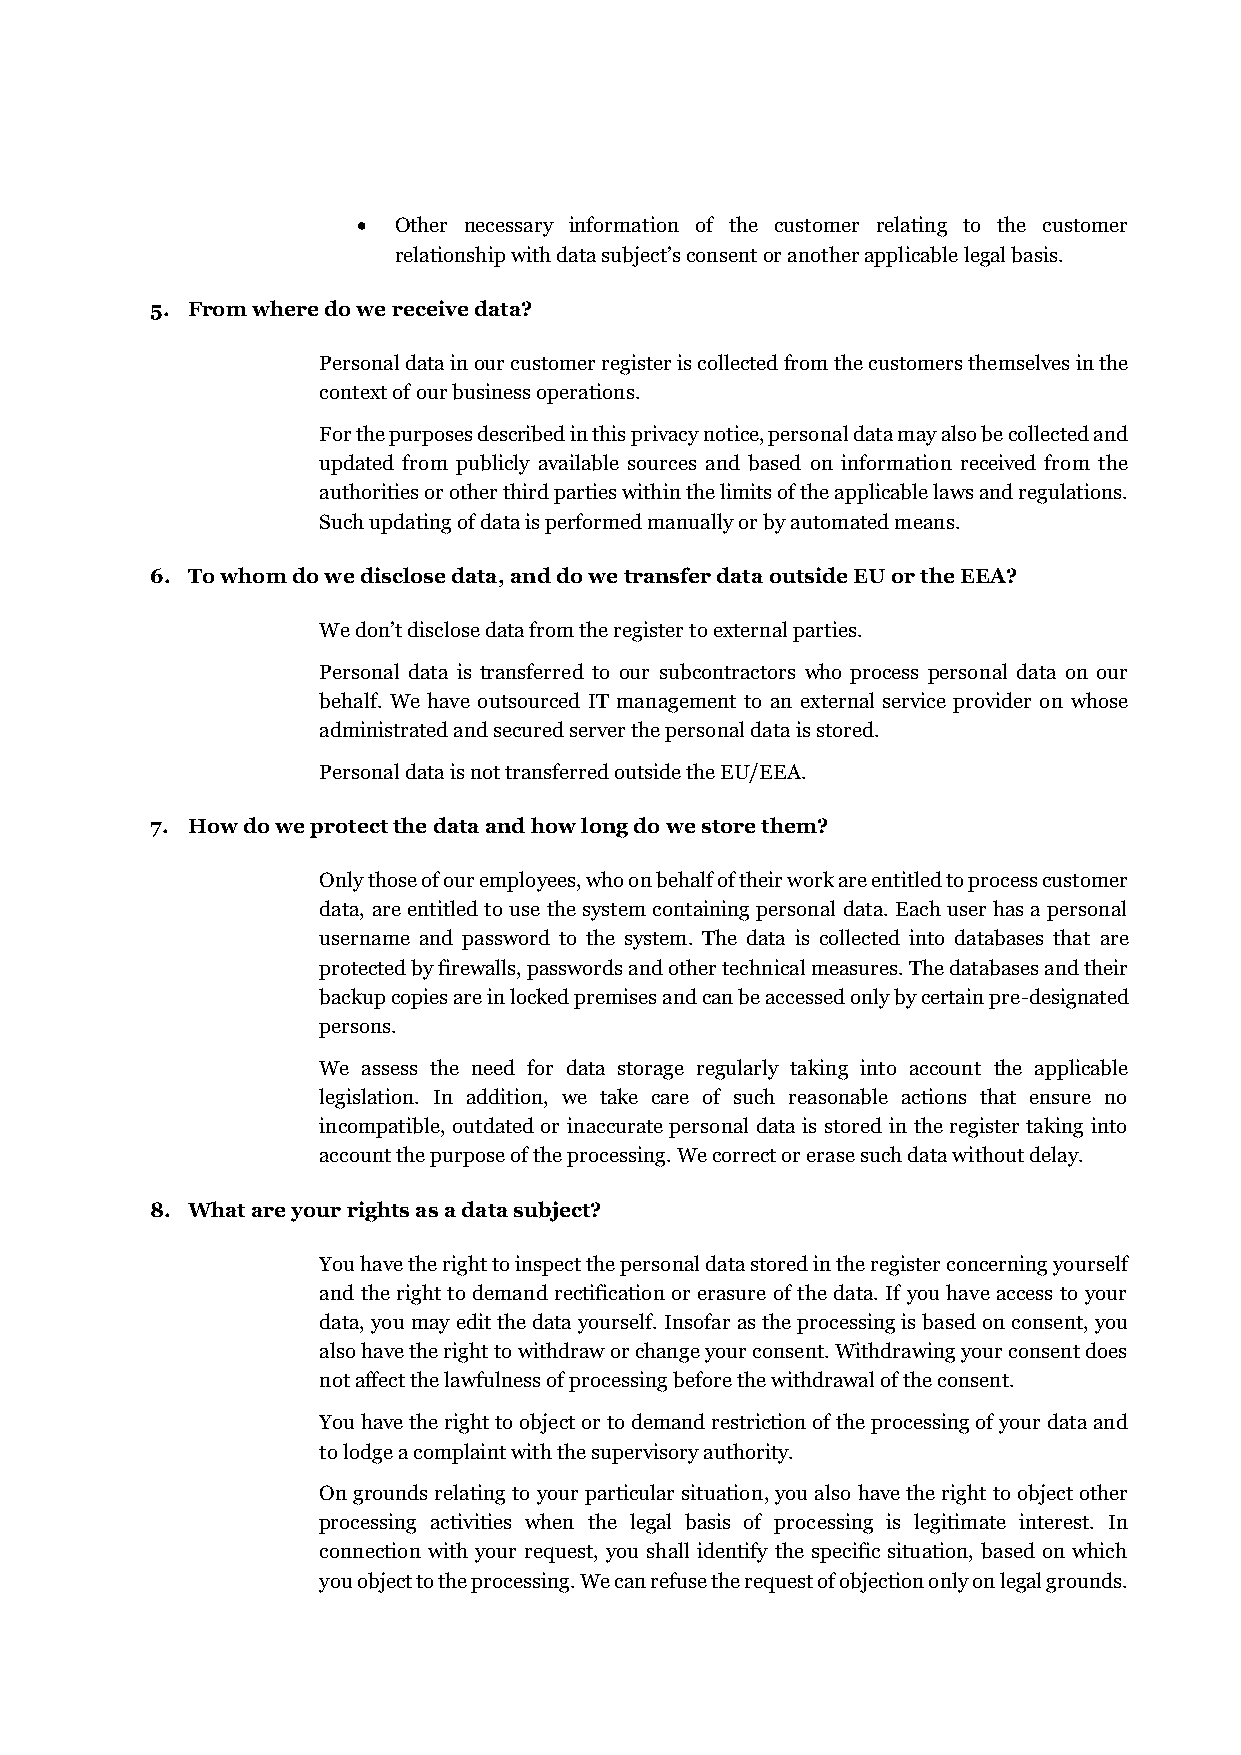
• Other necessary information of the customer relating to the customer
 relationship with data subject’s consent or another applicable legal basis.
 5. From where do we receive data?
 Personal data in our customer register is collected from the customers themselves in the
 context of our business operations.
 For the purposes described in this privacy notice, personal data may also be collected and
 updated from publicly available sources and based on information received from the
 authorities or other third parties within the limits of the applicable laws and regulations.
 Such updating of data is performed manually or by automated means.
 6. To whom do we disclose data, and do we transfer data outside EU or the EEA?
 We don’t disclose data from the register to external parties.
 Personal data is transferred to our subcontractors who process personal data on our
 behalf. We have outsourced IT management to an external service provider on whose
 administrated and secured server the personal data is stored.
 Personal data is not transferred outside the EU/EEA.
 7. How do we protect the data and how long do we store them?
 Only those of our employees, who on behalf of their work are entitled to process customer
 data, are entitled to use the system containing personal data. Each user has a personal
 username and password to the system. The data is collected into databases that are
 protected by firewalls, passwords and other technical measures. The databases and their
 backup copies are in locked premises and can be accessed only by certain pre-designated
 persons.
 We assess the need for data storage regularly taking into account the applicable
 legislation. In addition, we take care of such reasonable actions that ensure no
 incompatible, outdated or inaccurate personal data is stored in the register taking into
 account the purpose of the processing. We correct or erase such data without delay.
 8. What are your rights as a data subject?
 You have the right to inspect the personal data stored in the register concerning yourself
 and the right to demand rectification or erasure of the data. If you have access to your
 data, you may edit the data yourself. Insofar as the processing is based on consent, you
 also have the right to withdraw or change your consent. Withdrawing your consent does
 not affect the lawfulness of processing before the withdrawal of the consent.
 You have the right to object or to demand restriction of the processing of your data and
 to lodge a complaint with the supervisory authority.
 On grounds relating to your particular situation, you also have the right to object other
 processing activities when the legal basis of processing is legitimate interest. In
 connection with your request, you shall identify the specific situation, based on which
 you object to the processing. We can refuse the request of objection only on legal grounds.